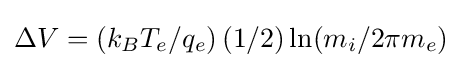
\Delta V=(k_{B}T_{e}/q_{e})\,(1/2)\ln(m_{i}/2\pi m_{e})